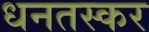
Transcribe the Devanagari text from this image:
धनतस्कर